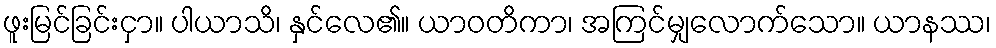
ဖူးမြင်ခြင်းငှာ။ ပါယာသိ၊ နှင်လေ၏။ ယာဝတိကာ၊ အကြင်မျှလောက်သော။ ယာနဿ၊